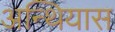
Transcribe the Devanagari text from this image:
अन्थियास